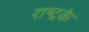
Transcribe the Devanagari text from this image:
राष्ट्रके